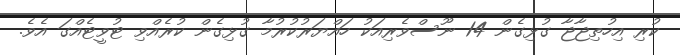
ކުރި އިހުތިޖާޖާ ގުޅިގެން 14 ނޫސްވެރިއަކު ހައްޔަރުކުރުމާ ގުޅިގެން ކުރެއްވި ޓުވީޓެއްގަ އެވެ.